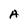
Character: A